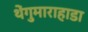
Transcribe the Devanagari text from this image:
थेंगुमाराहाडा